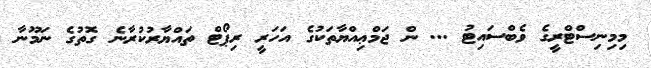
މިމިނިސްޓްރީގެ ވެބްސައިޓު ... ން ޖަމްޢިއްޔާތަކުގެ އަހަރީ ރިޕޯޓް ތައްޔާރުކުރާނެ ގޮތުގެ ނަމޫނާ